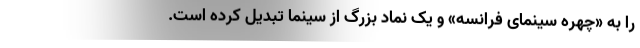
را به «چهره سینمای فرانسه» و یک نماد بزرگ از سینما تبدیل کرده است.